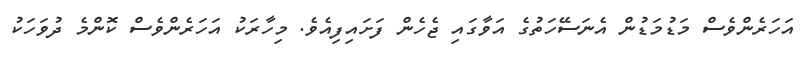
އަހަރެންވެސް މަޑުމަޑުން އެނަސޭހަތުގެ އަވާގައި ޖެހެން ފަށައިފިއެވެ. މިހާރަކު އަހަރެންވެސް ކޮންމެ ދުވަހަކު